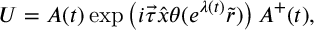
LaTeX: U = A ( t ) \exp \left( i \vec { \tau } \hat { x } \theta ( e ^ { \lambda ( t ) } \tilde { r } ) \right) A ^ { + } ( t ) ,